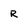
Character: R